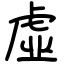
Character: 虛